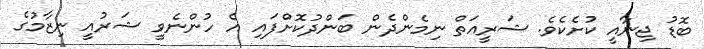
ބޮޑު ޖިނާއީ ކުށެކެވެ. ޝަރީއަތް ނިމެންދެން ބަންދުކޮށްފައި އެ ހުންނެވީ ޝަރުއީ ނިޒާމުގެ